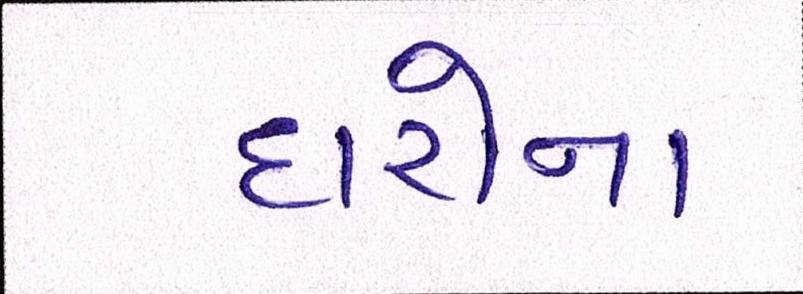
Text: દારોનાં